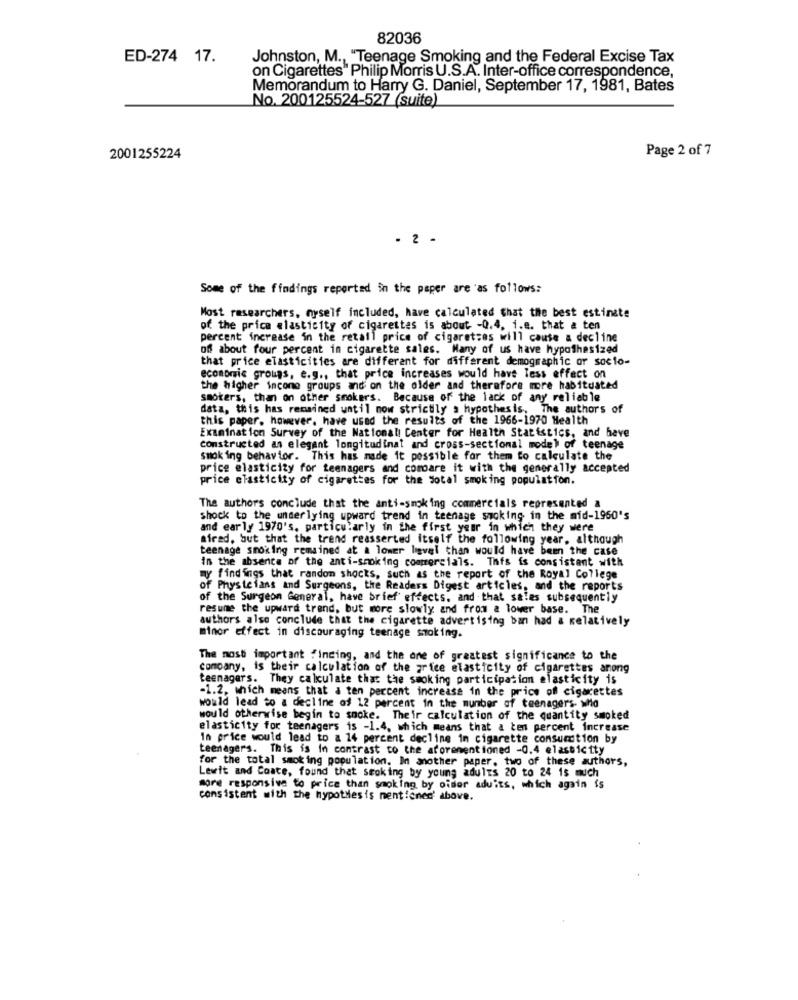
82036
ED-274 17.
Johnston, M ., "Teenage Smoking and the Federal Excise Tax
on Cigarettes" Philip Morris U.S.A. Inter-office correspondence,
Memorandum to Harry G. Daniel, September 17, 1981, Bates
No. 200125524-527 (suite)
Page 2 of 7
2001255224
- 2 .
Some of the findings reported in the paper are as follows:
Most researchers, myself included, have calculated that the best estinste
of the price elasticity of cigarettes is about -0.4, i.e. that a ten
percent increase in the retail price of cigaretzes will cause a decline
off about four percent in cigarette sales. Many of us have hypothesized
that price elasticities are different for different demographic or socio-
economic groups, e.g ., that price increases would have less effect on
the higher income groups and on the older and therefore more habituated
smokers, than on other smokers. Because of the lack of any reliable
data, this has remained until now strictly a hypothesis,
. The author's of
this paper, however, have used the results of the 1966-1970 Health
Examination Survey of the National Center for Health Statistics, and have
constructed as elegant longitudinat and cross-sectional model of teenage
smoking behavior. This has made it possible for them to calculate the
price elasticity for teenagers and compare it with the generally accepted
price elasticity of cigarettes for the sotal smoking population.
The authors conclude that the anti-smoking commercials represented a
shock to the underlying upward trend in teenage smoking in the mid-1950's
and early 1970's, particularly in the first year in which they were
afrad, but that the trend reasserted itself the following year, although
teenage smoking remained at & lower ligvel than would have been the case
in the absence of the anti-smoking commercials. This is consistent with
my findings that random shocks, such as the report of the Royal College
of Physicians and Surgeons, the Readers Digest articles, and the reports
of the Surgeon General, have brief effects, and that sales subsequently
resume the upward trend, but more slowly and from a lower base. The
authors also conclude that the cigarette advertising ban had a relatively
minor effect in discouraging teenage smoking.
The most important finding, and the one of greatest significance to the
company, is their calculation of the price elasticity of cigarettes anong
teenagers. They calculate that the smoking participation elasticity is
-1.2, which means that a ten percent increase in the price of cigarettes
would lead to a decline of 12 percent in the number of teenagers- who
would otherwise begin to smoke. Their calculation of the quantity smoked
elasticity for teenagers is -1.4, which means that a ten percent increase
In price would lead to a 14 percent decline in cigarette consumition by
teenagers. This is in contrast to the aforementioned -0.4 elasticity
for the total smoking population. In another paper, two of these authors,
Lewit and Coate, found that smoking by young adults 20 to 24 1s much
more responsive to price than smoking by older adults, which again is
consistent with the hypothesis mentioned above.